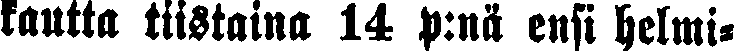
kautta tiistaina 14 p:nä ensi helmi-